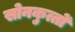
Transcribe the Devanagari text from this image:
सोनकुत्तों